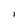
Character: I